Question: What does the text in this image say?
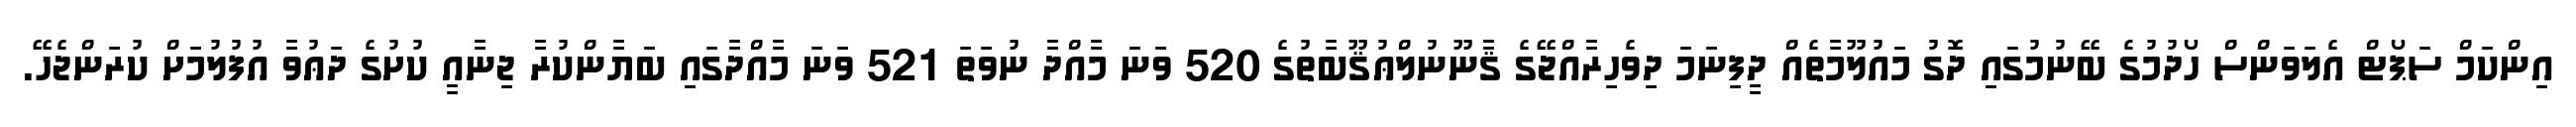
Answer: އިންކަމް ސަޕޯޓް އެލަވަންސް ހޯދުމުގެ ބޭނުމުގައި ދޮގު މައުލޫމާތެއް ދީފިނަމަ ދިވެހިރާއްޖޭގެ ޤާނޫނުލްޢުޤޫބާތުގެ 520 ވަނަ މާއްދާ ނުވަތަ 521 ވަނަ މާއްދާގައި ބަޔާންކުރާ ޖިނާއީ ކުށުގެ ދަޢުވާ އުފުލުމަށް ކުރަންޖެހޭ.